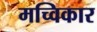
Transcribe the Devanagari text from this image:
मच्विकार